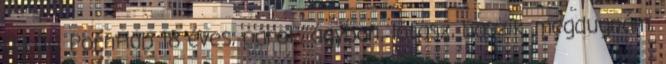
03:00 PornHub 18 éves, párok, ágyban, lófasz, baszik, megdugnám,